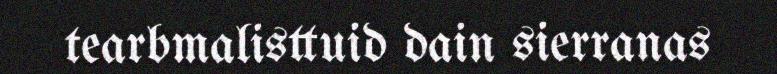
tearbmalisttuid dain sierranas